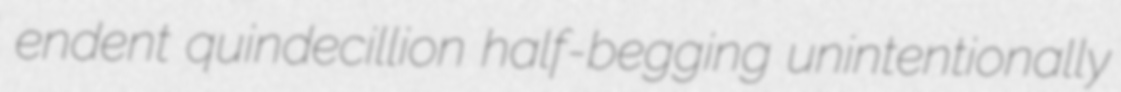
endent quindecillion half-begging unintentionally